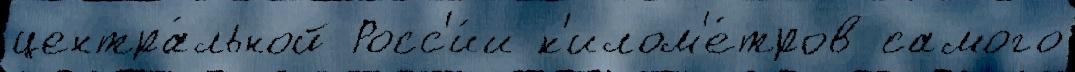
центра́льной Росс'и́и к'илом'е́тров самого